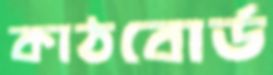
কাঠবোর্ড